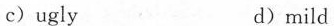
c) ugly d) mild